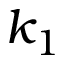
k _ { 1 }